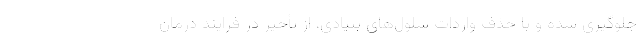
جلوگیری شده و با حذف واردات سلول‌های بنیادی، از تأخیر در فرایند درمان